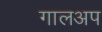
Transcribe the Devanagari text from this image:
गालअप